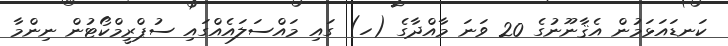
ކަނޑައަޅަމުން އެޤާނޫނުގެ 20 ވަނަ މާއްދާގެ (ހ) ގައި މައްސަލައެއްގައި ސުޕްރީމްކޯޓުން ނިންމާ